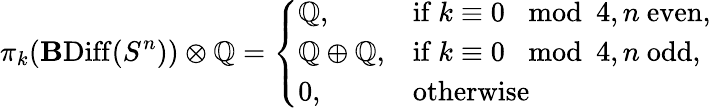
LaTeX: \pi_{k}(\mathbf{B}\mathrm{{Diff}}(S^{n}))\otimes\mathord{\mathbb{{Q}}}=\left\{ \begin{array}{ll}{\mathord{\mathbb{Q}},}&{\mathrm{if~}k\equiv 0\mod 4,n\mathrm{~even},}\\ {\mathord{\mathbb{Q}}\oplus\mathord{\mathbb{Q}},}&{\mathrm{if~}k\equiv 0\mod 4,n\mathrm{~odd},}\\ {0,}&{\mathrm{otherwise}}\end{array}\right.